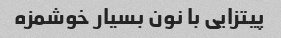
پیتزایی با نون بسیار خوشمزه